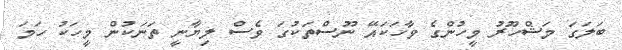
ބަލަގަ މަޝްހޫރު މީހުންގެ ވާހަކައޭ ނޫސްތަކުގަ ވެސް ލިޔާނީ ތަނަކުން މީހަކު ހަމަ